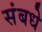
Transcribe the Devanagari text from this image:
संबधे